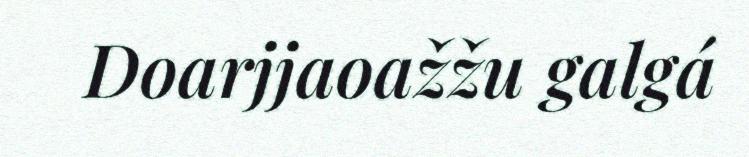
Doarjjaoažžu galgá